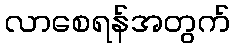
လာစေရန်အတွက်